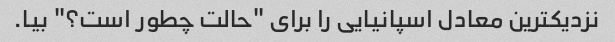
نزدیکترین معادل اسپانیایی را برای "حالت چطور است؟" بیا.